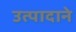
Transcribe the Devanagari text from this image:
उत्पादाने